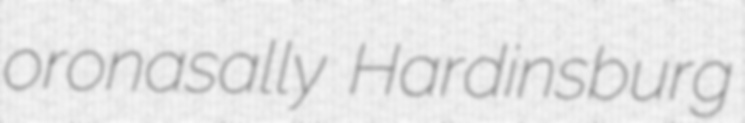
oronasally Hardinsburg